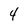
Character: 4